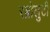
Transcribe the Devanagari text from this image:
रब्रोलुटी